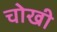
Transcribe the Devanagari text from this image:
चोखी